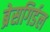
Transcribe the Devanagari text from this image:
ब्रेसगिर्डल